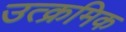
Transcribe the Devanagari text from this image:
उत्क्रमिक